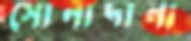
সোনাদানা